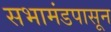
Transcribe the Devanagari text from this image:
सभामंडपासून